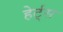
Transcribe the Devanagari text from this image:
हेर्ट्‌स